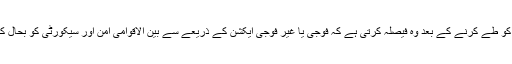
اس بات کو طے کرنے کے بعد وہ فیصلہ کرتی ہے کہ فوجی یا غیر فوجی ایکشن کے ذریعے سے بین الاقوامی امن اور سیکورٹی کو بحال کیا جائے۔